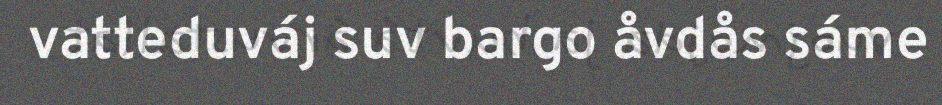
vatteduváj suv bargo åvdås sáme